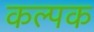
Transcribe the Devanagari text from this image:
कल्‍पक